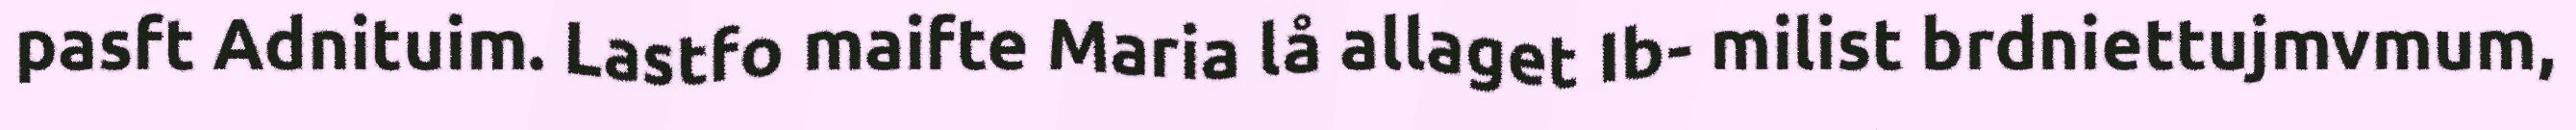
pasft Adnituim. Lastfo maifte Maria lå allaget Ib- milist brdniettujmvmum,